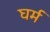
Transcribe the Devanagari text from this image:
घर्म